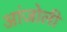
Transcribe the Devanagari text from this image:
आंजोली